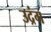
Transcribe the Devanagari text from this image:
उद्रंग